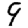
Digit: 9